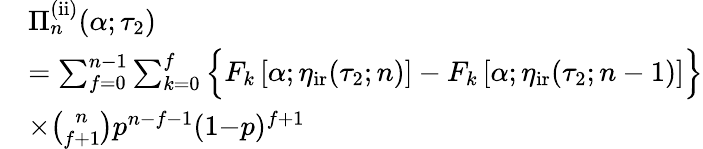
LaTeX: \begin{array}{rl}&{\Pi_{n}^{\mathrm{(ii)}}(\alpha;\tau_{2})}\\ &{=\sum_{f=0}^{n-1}\sum_{k=0}^{f}\Big\{ F_{k}\left[\alpha;\eta_{\mathrm{ir}}(\tau_{2};n)\right]-F_{k}\left[\alpha;\eta_{\mathrm{ir}}(\tau_{2};n-1)\right]\Big\} }\\ &{\times\binom{n}{f+1}p^{n-f-1}(1{-}p)^{f+1}}\end{array}